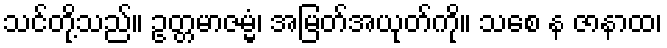
သင်တို့သည်။ ဥတ္တမာဇမ္မံ၊ အမြတ်အယုတ်ကို။ သစေ န ဇာနာထ၊